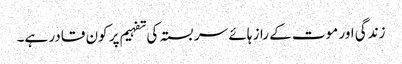
زندگی اور موت کے راز ہائے سربستہ کی تفہیم پر کون قادر ہے۔